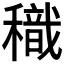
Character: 𥢧